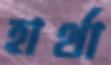
হার্থা